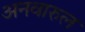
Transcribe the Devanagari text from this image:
अनवारुल